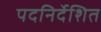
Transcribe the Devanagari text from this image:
पदनिर्देशित